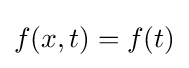
f(x,t)=f(t)